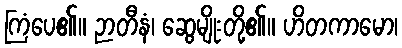
ကြံပေ၏။ ဉာတီနံ၊ ဆွေမျိုးတို့၏။ ဟိတကာမော၊